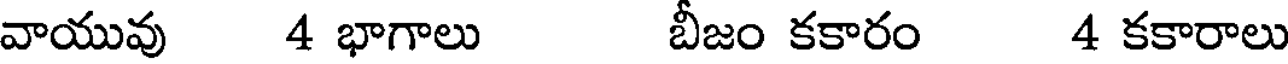
వాయువు 4 భాగాలు బీజం కకారం 4 కకారాలు